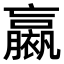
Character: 𧝹